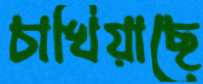
চাখিয়াছে